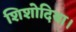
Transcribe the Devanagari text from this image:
शिशोदिया।